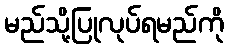
မည်သို့ပြုလုပ်ရမည်ကို